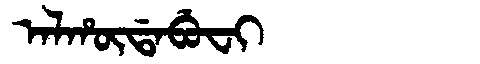
Manchu: ᠠᠯᡥᡡᡩᠠᠪᡠᠸᡳ
Romanization: ALHŪDABUFI